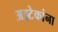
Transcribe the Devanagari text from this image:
अझ्टेकांना